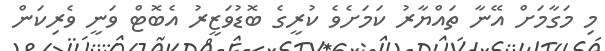
މި މަގާމަށް އޭނާ ތައްޔާރު ކަމަށެވެ ކުރީގެ ބޮޑުވަޒީރު އެބޮޓް ވަނީ ވެރިކަން